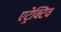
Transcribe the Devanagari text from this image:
एट्रेक्टिव